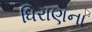
ધિરાણના